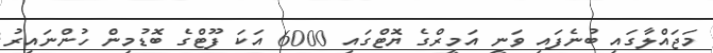
މަޖައްލާގައި ބުނެފައި ވަނީ އަމީރްގެ ޔޮޓްގައި 6000 އަކަ ފޫޓްގެ ބޮޑުމިން ހުންނައިރު